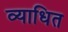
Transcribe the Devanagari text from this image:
व्याधित